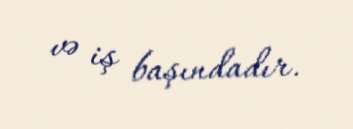
və iş başındadır.